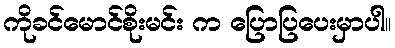
ကိုခင်မောင်စိုးမင်း က ပြောပြပေးမှာပါ။